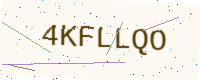
Text: 4KFLLQO